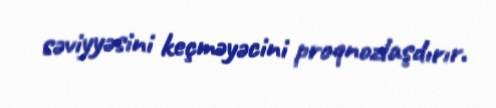
səviyyəsini keçməyəcini proqnozlaşdırır.